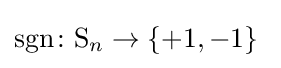
\operatorname {sgn} \colon \mathrm {S} _{n}\rightarrow \{+1,-1\}\